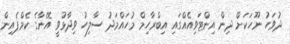
ދުވަހު ނޫހަކަށް ދިން އިންޓަވިއެއްގައި އިބްރާހިމް މުހައްމަދު ސާލިހު ވިދާޅުވީ އޭނާގެ ކެމްޕެއިން